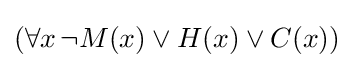
(\forall x\,\neg M(x)\lor H(x)\lor C(x))